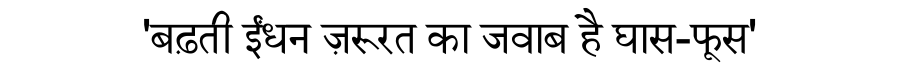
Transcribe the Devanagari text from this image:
'बढ़ती ईंधन ज़रूरत का जवाब है घास-फूस'